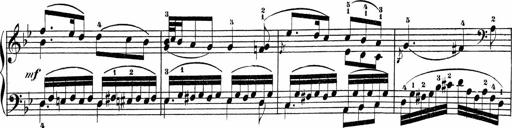
Title: Sonatinas
Composer: Andrew Violette